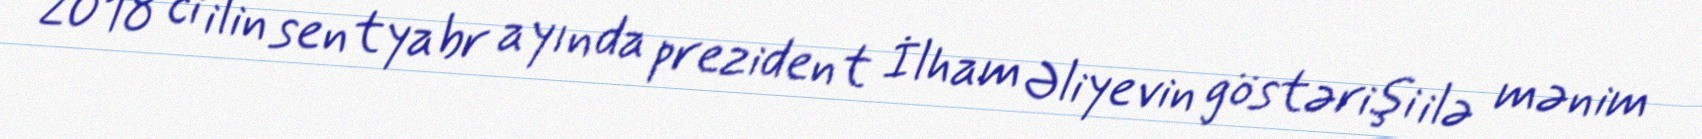
2018 ci ilin sentyabr ayında prezident İlham Əliyevin göstərişi ilə mənim